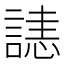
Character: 𧫉